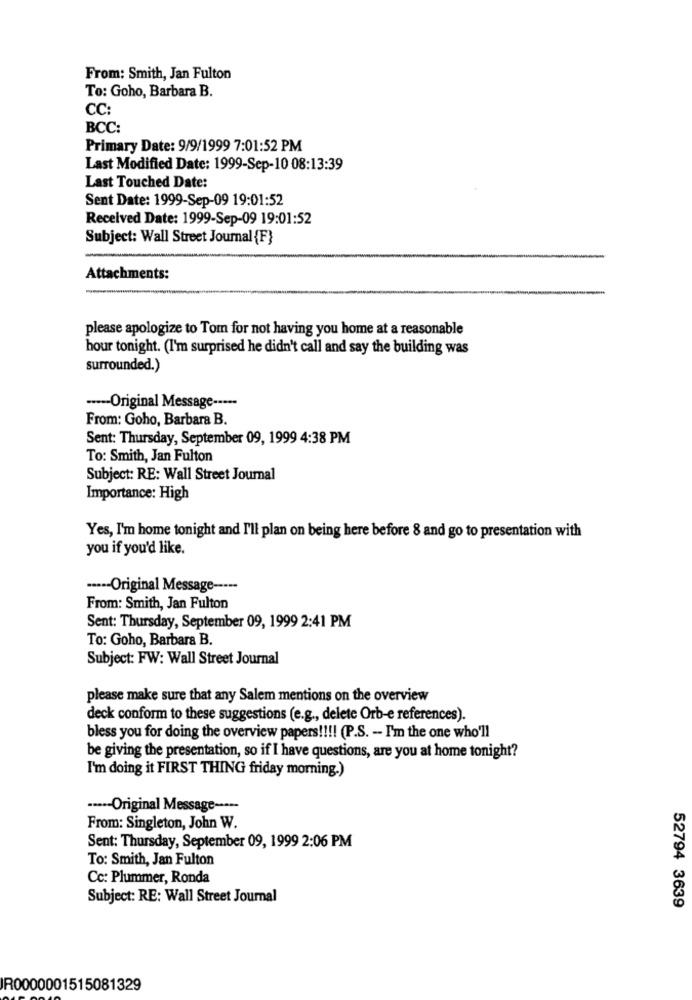
From: Smith, Jan Fulton
To: Goho, Barbara B.
CC:
BCC:
Primary Date: 9/9/1999 7:01:52 PM
Last Modified Date: 1999-Sep-10 08:13:39
Last Touched Date:
Sent Date: 1999-Sep-09 19:01:52
Received Date: 1999-Sep-09 19:01:52
Subject: Wall Street Journal {F}
Attachments:
please apologize to Tom for not having you home at a reasonable
hour tonight. (I'm surprised he didn't call and say the building was
surrounded.)
··--- Original Message -----
From: Goho, Barbara B.
Sent: Thursday, September 09, 1999 4:38 PM
To: Smith, Jan Fulton
Subject: RE: Wall Street Journal
Importance: High
Yes, I'm home tonight and I'll plan on being here before 8 and go to presentation with
you if you'd like.
----- Original Message -----
From: Smith, Jan Fulton
Sent: Thursday, September 09, 1999 2:41 PM
To: Goho, Barbara B.
Subject: FW: Wall Street Journal
please make sure that any Salem mentions on the overview
deck conform to these suggestions (e.g ., delete Orb-e references).
bless you for doing the overview papers !!!! (P.S. - I'm the one who'll
be giving the presentation, so if I have questions, are you at home tonight?
I'm doing it FIRST THING friday morning.)
.---- Original Message -----
From: Singleton, John W.
Sent: Thursday, September 09, 1999 2:06 PM
To: Smith, Jan Fulton
Cc: Plummer, Ronda
Subject: RE: Wall Street Journal
52794 3639
IR0000001515081329